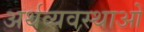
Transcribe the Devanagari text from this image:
अर्थव्यवस्थाआें